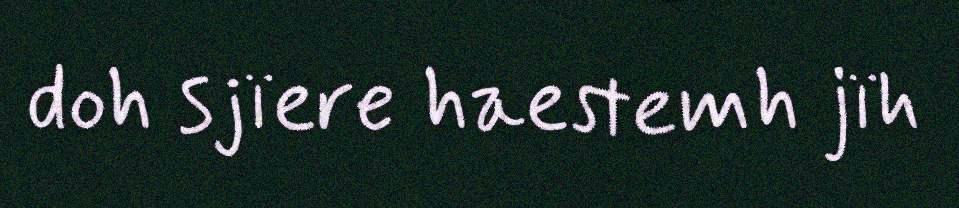
doh sjïere haestemh jïh